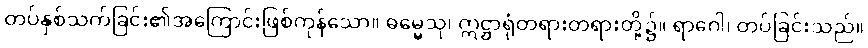
တပ်နှစ်သက်ခြင်း၏အကြောင်းဖြစ်ကုန်သော။ ဓမ္မေသု၊ ဣဋ္ဌာရုံတရားတရားတို့၌။ ရာဂေါ၊ တပ်ခြင်းသည်။